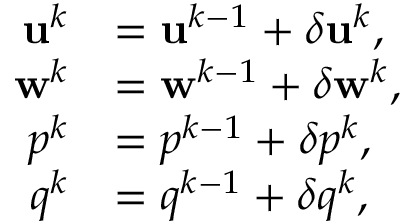
\begin{array} { r l } { \mathbf { u } ^ { k } } & { = \mathbf { u } ^ { k - 1 } + \delta \mathbf { u } ^ { k } , } \\ { \mathbf { w } ^ { k } } & { = \mathbf { w } ^ { k - 1 } + \delta \mathbf { w } ^ { k } , } \\ { p ^ { k } } & { = p ^ { k - 1 } + \delta p ^ { k } , } \\ { q ^ { k } } & { = q ^ { k - 1 } + \delta q ^ { k } , } \end{array}